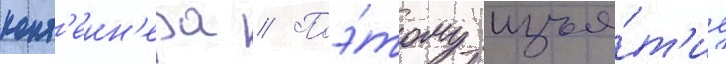
конт'еин'ера // Поэ́тому изъя́т'ие